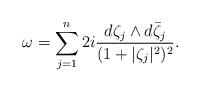
LaTeX: \begin{align*}\omega = \sum_{j = 1}^n 2 i \frac{d\zeta_j \wedge d \bar{\zeta}_j}{(1 + |\zeta_j|^2)^2}.\end{align*}